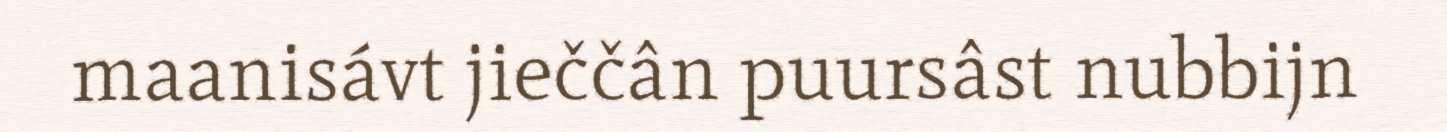
maanisávt jieččân puursâst nubbijn